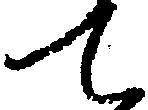
て